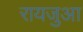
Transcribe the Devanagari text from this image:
रायजुआ